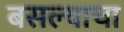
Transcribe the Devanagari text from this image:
बसल्याचा